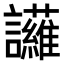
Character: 𮙈